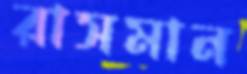
রাসমান